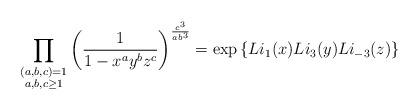
LaTeX: \begin{align*} \prod_{\substack{ (a,b,c)=1 \\ a,b,c \geq 1}} \left( \frac{1}{1-x^a y^b z^c} \right)^{\frac{c^3}{a b^3}} = \exp\left\{Li_1(x) Li_3(y) Li_{-3}(z)\right\} \end{align*}